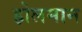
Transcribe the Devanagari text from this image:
होलमान